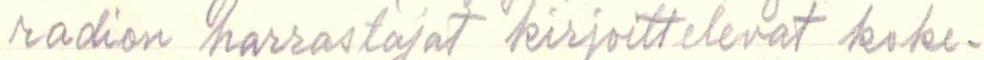
radion harrastajat kirjoittelevat koke-